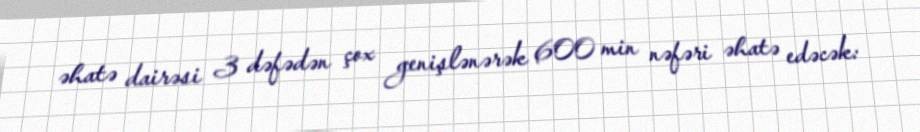
əhatə dairəsi 3 dəfədən çox genişlənərək 600 min nəfəri əhatə edəcək: